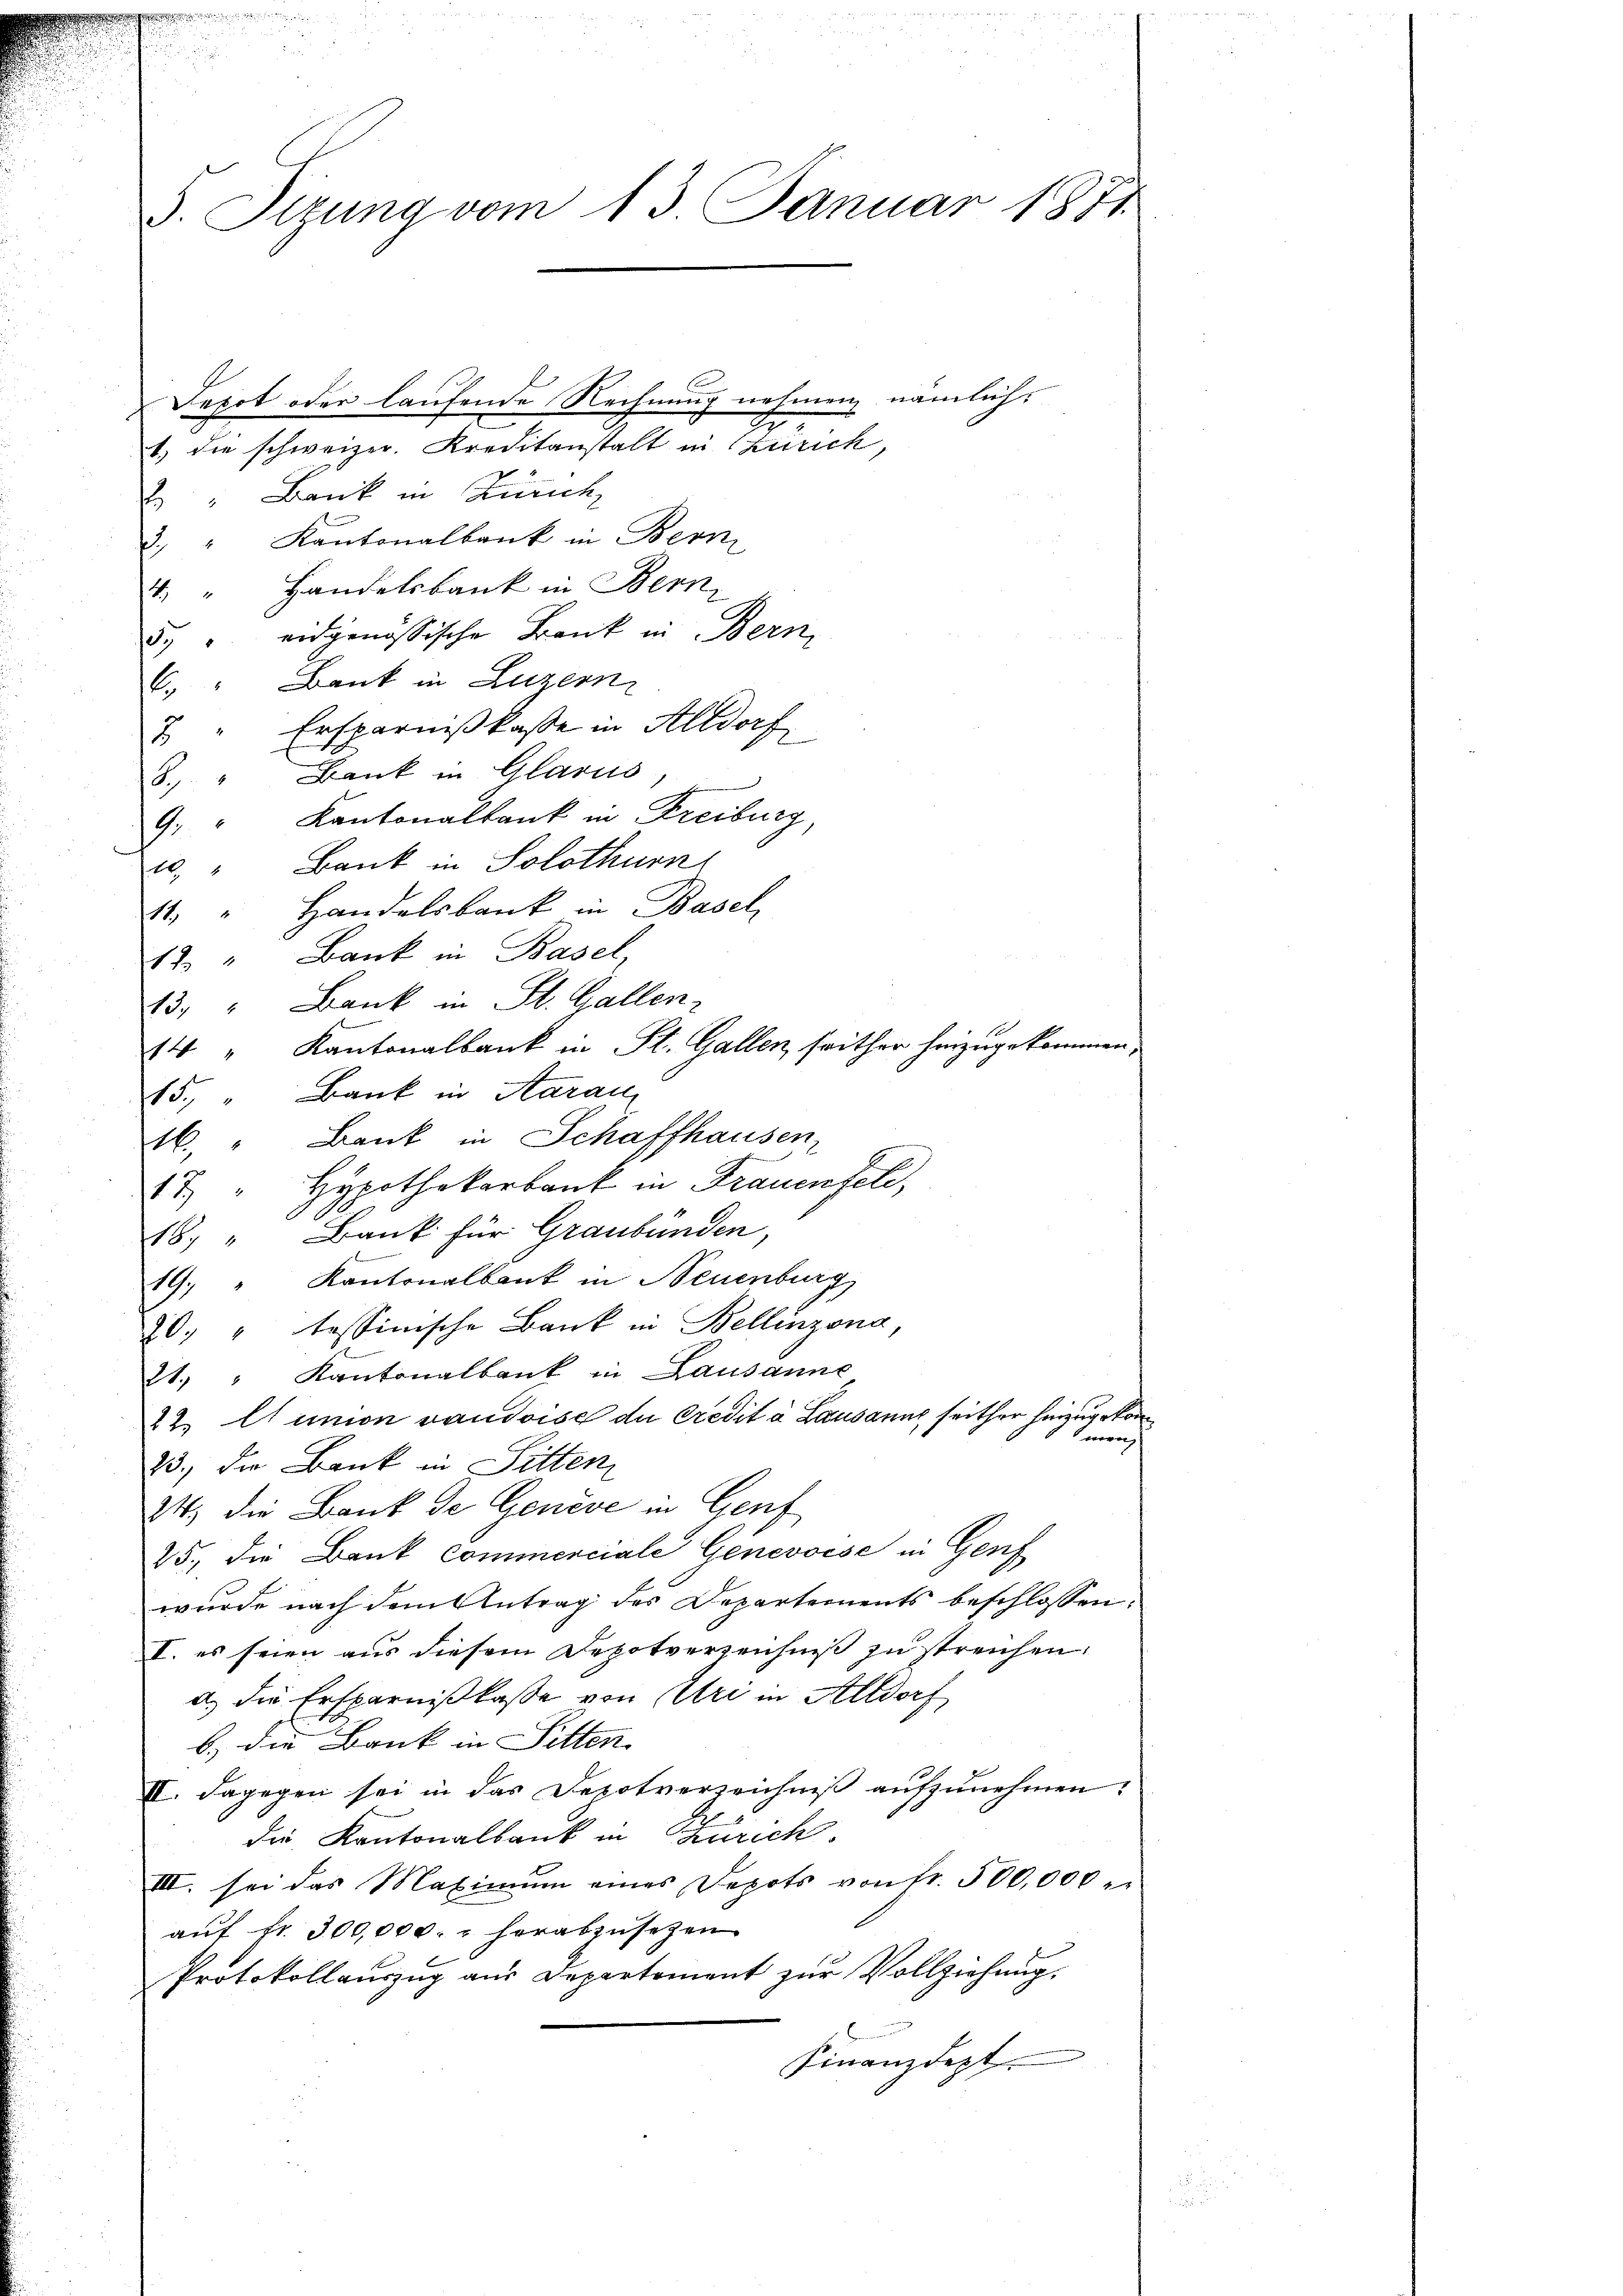
5. Sizung vom 13. Januar 1811

Depot oder laufende Rechnung nehmen, nämlich.
1. die schweizer. Kreditanstalt in Zürich,
2 Bank in Zürch
2. " Kantonalbank in Bern
4. " Handelsbank in Bern
87 " eidgenössische Bank in Bern,
C. " Bank in Luzern
7 " Ersparnißkasse in Altdorf
8. " Bank in Glarus
9. " Kantonalbank in Freiburg
20 " Bank in Solothurn
1. " Handelsbank in Basel,
17. " Bank in Basel
3. " Bank in St. Gallen.
14 " Kantonalbank in St. Gallen, seither heizugekommen,
15. " Bank in Aarau
46. " Bank in Schaffhausen,
7) " Hypothekarbank in Frauenfeld,
18. " Bank für Graubünden,
19.) " Kantonalbank in Neuenburg
20 " tessinische Bank in Bellinzona,
21. " Kantonalbank in Lausanne
22. Aunion vaudoise de Credit à Lausanne seither herzugeko
verweig
23.) Die Bank in Sitten
24) die Bank de Geneve in Genf
25. die Bauk commerciale Genevoise in Genf
wurde nach dem Antrag des Departements beschlossen:
I. es seien aus diesem Depotverzeichniß zu streichen.
a.) die Ersparnißkaße von Uri in Altdorf
b.) die Bank in Sitten. |
II. Dagegen sei in das Depotverzeichniß aufzunehmen.
die Kantonalbank in Zürich.
III. sei das Maximum eines Depots von Fr. 500,000 M.
aŭf fr. 300,000. " herabzusetzen
Protokollauszug aus Departement zur Vollziehung,
Finanzdept.